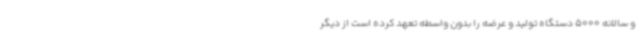
و سالانه 5000 دستگاه تولید و عرضه را بدون واسطه تعهد کرده است از دیگر